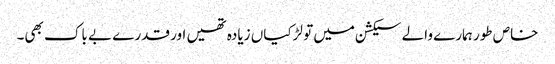
خاص طور ہمارے والے سیکشن میں تو لڑکیاں زیادہ تھیں اور قدرے بے باک بھی۔